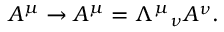
A ^ { \mu } \rightarrow A ^ { \mu } = \Lambda ^ { \mu } { } _ { \nu } A ^ { \nu } .